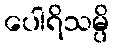
ပေါရိသမ္ပိ